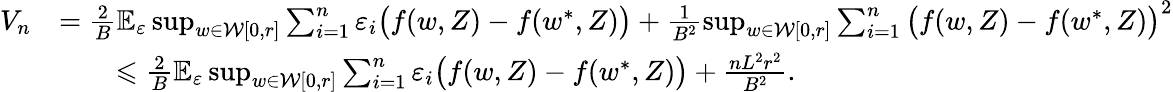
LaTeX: \begin{array}{rl}{V_{n}}&{=\frac{2}{B}\mathbb E_{\varepsilon}\operatorname*{sup}_{w\in\mathcal W[0,r]}\sum_{i=1}^{n}\varepsilon_{i}\big(f(w,Z)-f(w^{*},Z)\big)+\frac{1}{B^{2}}\operatorname*{sup}_{w\in\mathcal W[0,r]}\sum_{i=1}^{n}\big(f(w,Z)-f(w^{*},Z)\big)^{2}}\\ &{\qquad\leqslant\frac{2}{B}\mathbb E_{\varepsilon}\operatorname*{sup}_{w\in\mathcal W[0,r]}\sum_{i=1}^{n}\varepsilon_{i}\big(f(w,Z)-f(w^{*},Z)\big)+\frac{nL^{2}r^{2}}{B^{2}}.}\end{array}